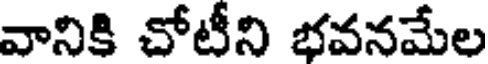
వానికి చోటీని భవనమేల